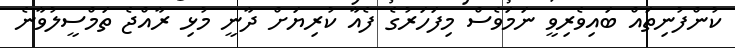
ކުންފުނިތައް ބައިވެރިވީ ނަމަވެސް މިފަހަރުގެ ފެއާ ކުރިޔަށް ދާނީ މުޅި ރާއްޖެ ތަމްސީލުވާނެ